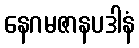
နေဂမဇာနပဒါနံ